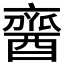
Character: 𨢞